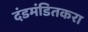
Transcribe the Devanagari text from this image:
दंडमंडितकरा